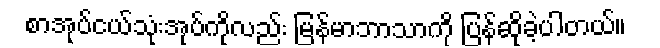
စာအုပ်ငယ်သုံးအုပ်ကိုလည်း မြန်မာဘာသာကို ပြန်ဆိုခဲ့ပါတယ်။